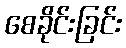
စေခိုင်းခြင်း